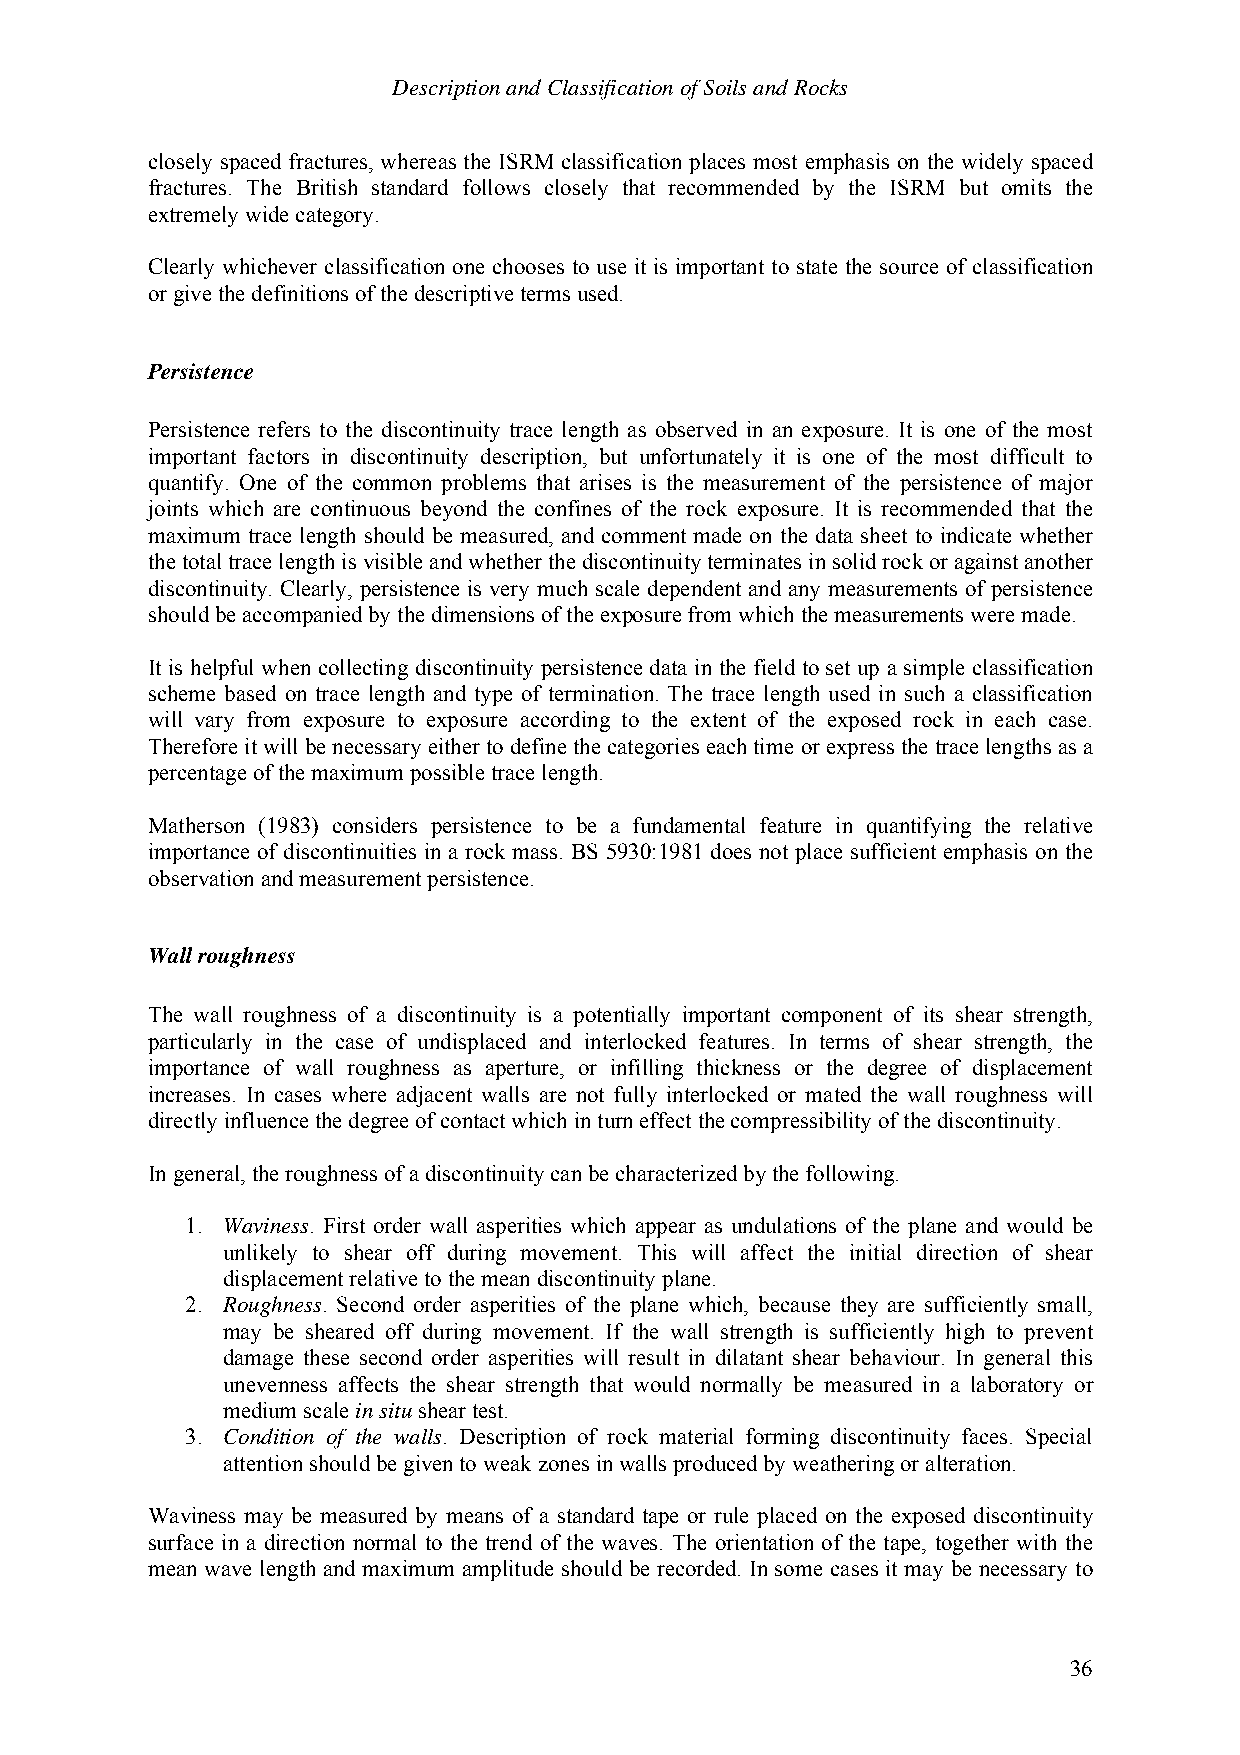
Description and Classification of Soils and Rocks
 closely spaced fractures, whereas the ISRM classification places most emphasis on the widely spaced
 fractures. The British standard follows closely that recommended by the ISRM but omits the
 extremely wide category.
 Clearly whichever classification one chooses to use it is important to state the source of classification
 or give the definitions of the descriptive terms used.
 Persistence
 Persistence refers to the discontinuity trace length as observed in an exposure. It is one of the most
 important factors in discontinuity description, but unfortunately it is one of the most difficult to
 quantify. One of the common problems that arises is the measurement of the persistence of major
 joints which are continuous beyond the confines of the rock exposure. It is recommended that the
 maximum trace length should be measured, and comment made on the data sheet to indicate whether
 the total trace length is visible and whether the discontinuity terminates in solid rock or against another
 discontinuity. Clearly, persistence is very much scale dependent and any measurements of persistence
 should be accompanied by the dimensions of the exposure from which the measurements were made.
 It is helpful when collecting discontinuity persistence data in the field to set up a simple classification
 scheme based on trace length and type of termination. The trace length used in such a classification
 will vary from exposure to exposure according to the extent of the exposed rock in each case.
 Therefore it will be necessary either to define the categories each time or express the trace lengths as a
 percentage of the maximum possible trace length.
 Matherson (1983) considers persistence to be a fundamental feature in quantifying the relative
 importance of discontinuities in a rock mass. BS 5930:1981 does not place sufficient emphasis on the
 observation and measurement persistence.
 Wall roughness
 The wall roughness of a discontinuity is a potentially important component of its shear strength,
 particularly in the case of undisplaced and interlocked features. In terms of shear strength, the
 importance of wall roughness as aperture, or infilling thickness or the degree of displacement
 increases. In cases where adjacent walls are not fully interlocked or mated the wall roughness will
 directly influence the degree of contact which in turn effect the compressibility of the discontinuity.
 In general, the roughness of a discontinuity can be characterized by the following.
 1. Waviness. First order wall asperities which appear as undulations of the plane and would be
 unlikely to shear off during movement. This will affect the initial direction of shear
 displacement relative to the mean discontinuity plane.
 2. Roughness. Second order asperities of the plane which, because they are sufficiently small,
 may be sheared off during movement. If the wall strength is sufficiently high to prevent
 damage these second order asperities will result in dilatant shear behaviour. In general this
 unevenness affects the shear strength that would normally be measured in a laboratory or
 medium scale in situ shear test.
 3. Condition of the walls. Description of rock material forming discontinuity faces. Special
 attention should be given to weak zones in walls produced by weathering or alteration.
 Waviness may be measured by means of a standard tape or rule placed on the exposed discontinuity
 surface in a direction normal to the trend of the waves. The orientation of the tape, together with the
 mean wave length and maximum amplitude should be recorded. In some cases it may be necessary to
 36